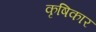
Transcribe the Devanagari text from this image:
कृषिकार